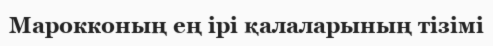
Марокконың ең ірі қалаларының тізімі